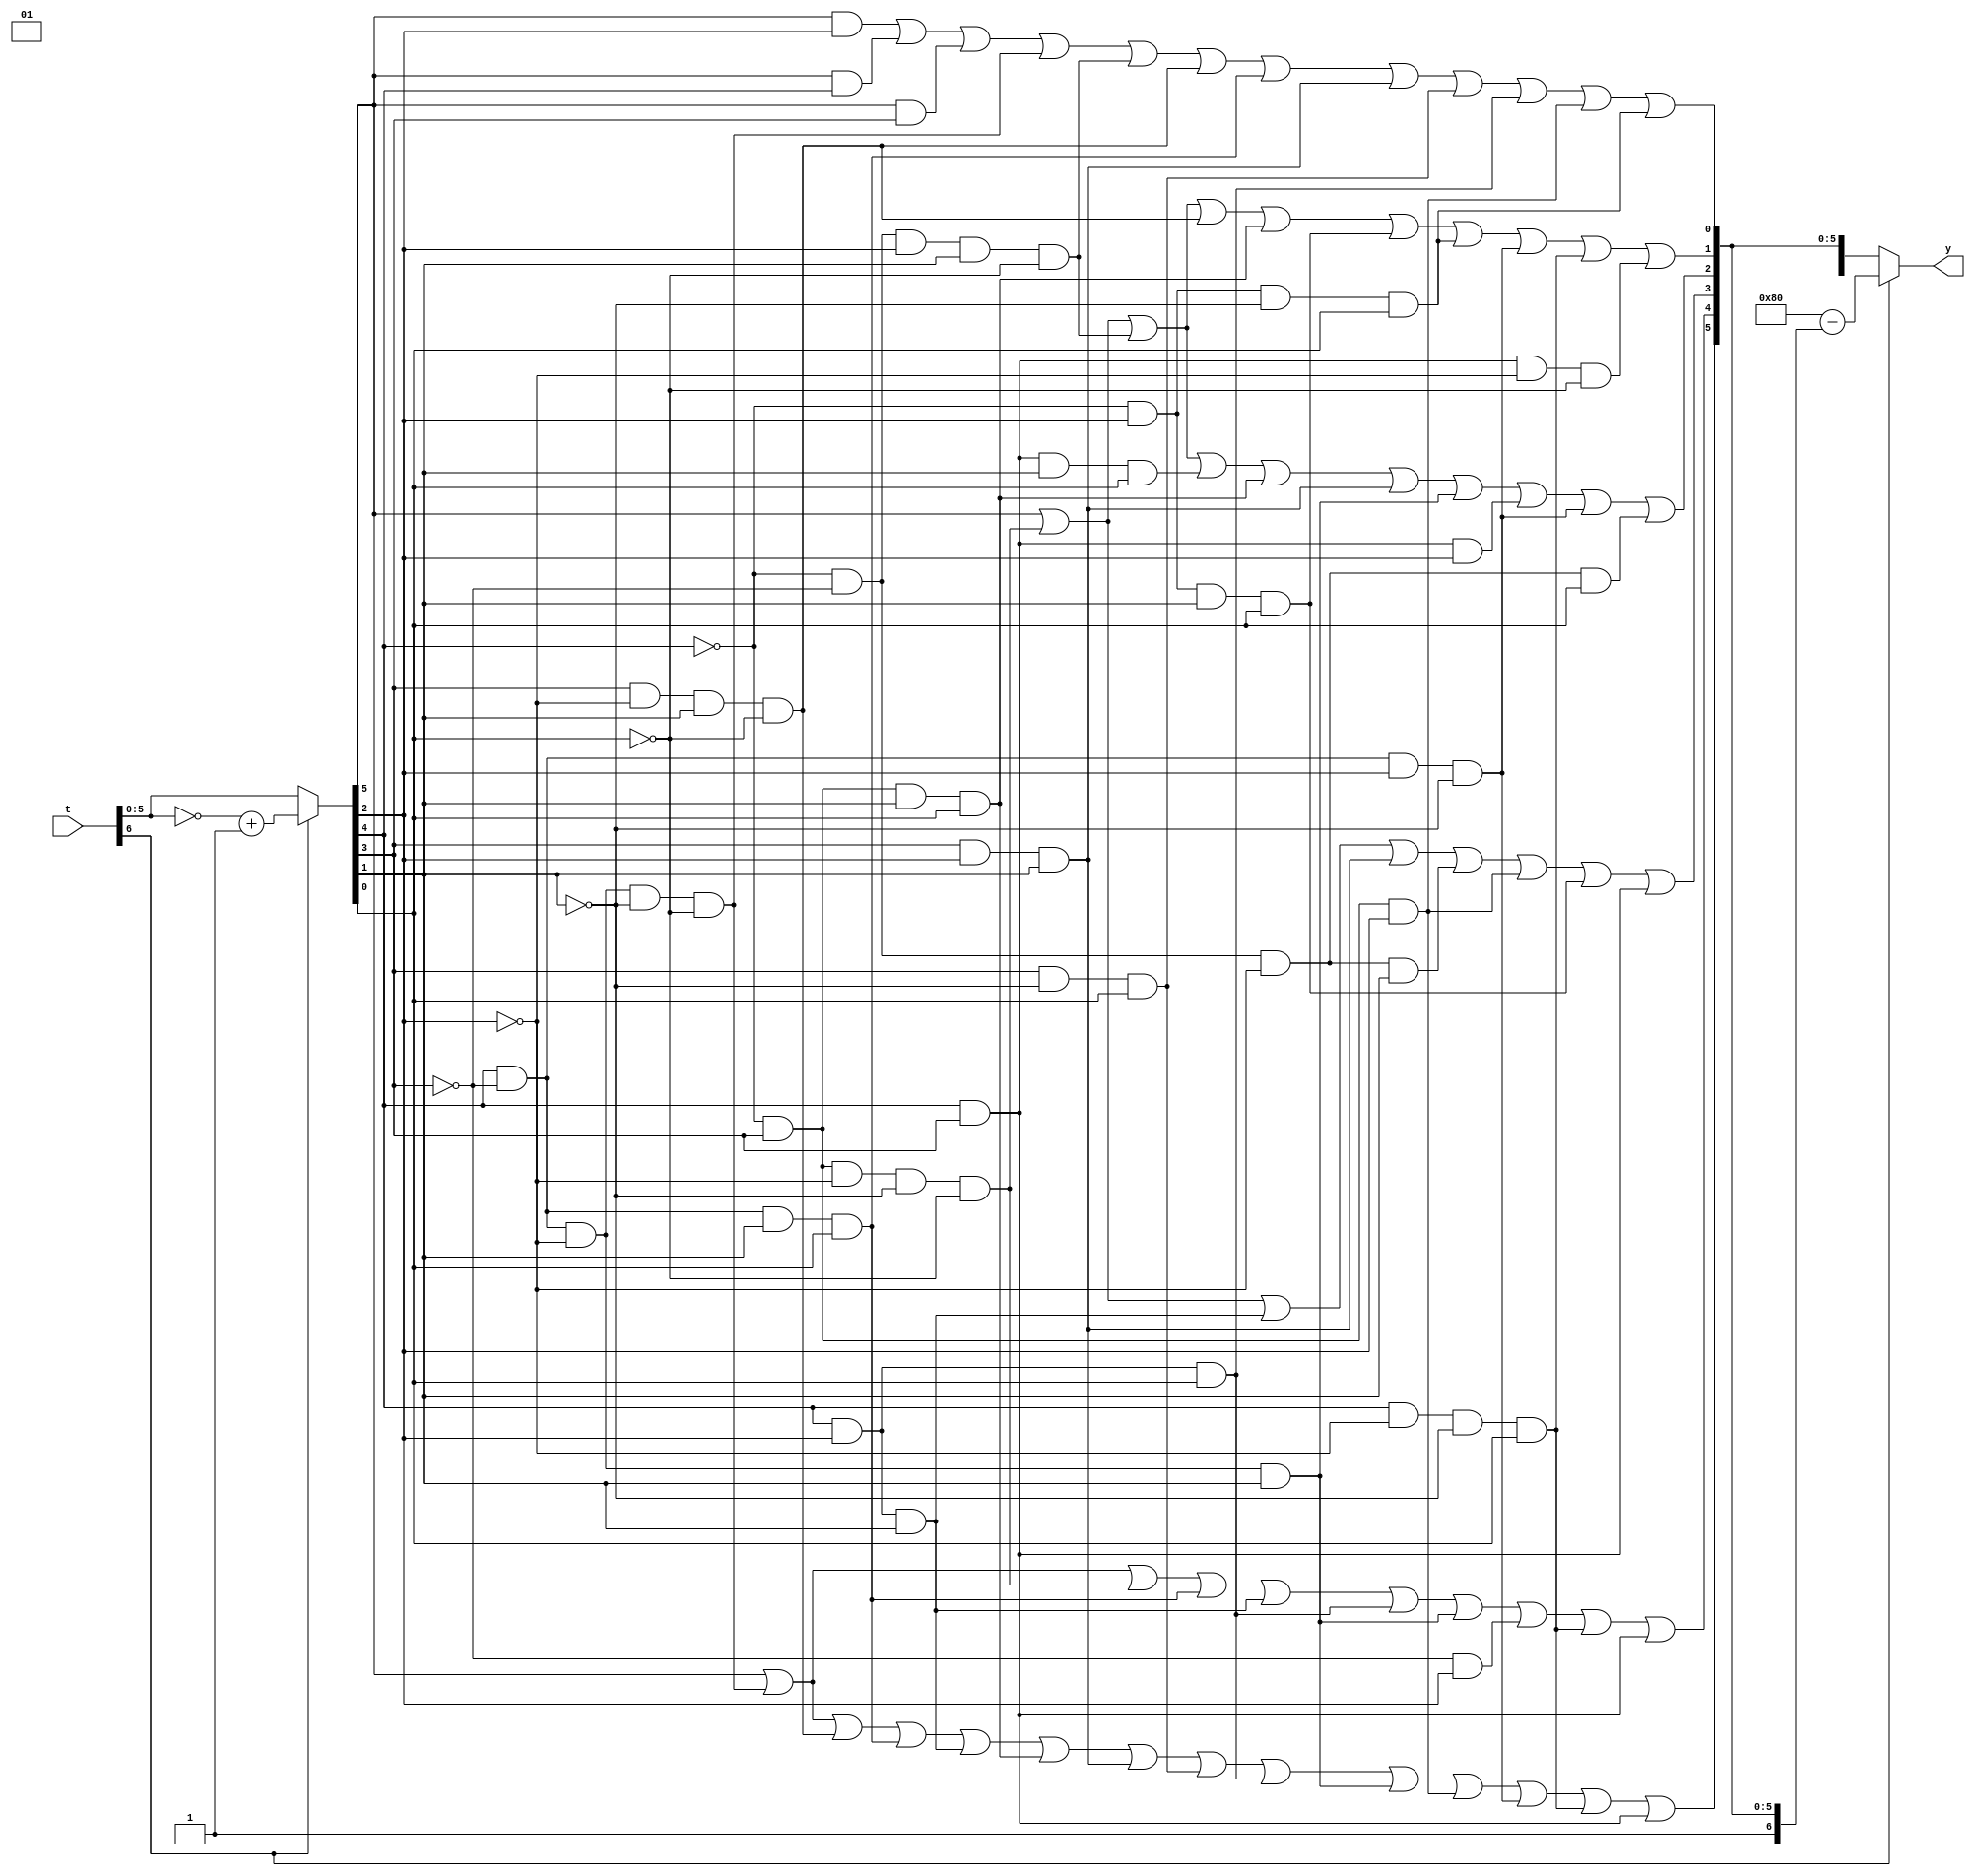
module sig_337p(

input [6:0] t,
output reg [7:0] y

);

reg [6:0] temp;
reg [7:0] s;
reg [26:0] p;


always@(*) begin

	if(t[6] == 1)
		temp = ~t + 1'b1;
	else
		temp = t;
	
	p[0]  =  temp[5] &  temp[2];
	p[1]  =  temp[5] &  temp[4];
	p[2]  =  temp[5];
	p[3]  =  temp[5] &  temp[3];
	p[4]  =  temp[4] & ~temp[3] & ~temp[2] & ~temp[1] & ~temp[0];
	p[5]  = ~temp[4] &  temp[3] & ~temp[2] & ~temp[1] & ~temp[0];
	p[6]  = ~temp[4] & ~temp[3] &  temp[2] &  temp[1] & ~temp[0];
	p[7]  =  temp[3] & ~temp[2] &  temp[1] & ~temp[0];
	p[8]  =  temp[4] &  temp[3] &  temp[1] &  temp[0];
	p[9]  =  temp[4] & ~temp[3] &  temp[1] &  temp[0];
	p[10] =  temp[4] &  temp[2] &  temp[1];
	p[11] = ~temp[4] &  temp[3] &  temp[1] &  temp[0];
	p[12] =  temp[3] &  temp[2] &  temp[1];
	p[13] =  temp[3] & ~temp[1] &  temp[0];
	p[14] =  temp[4] &  temp[2] &  temp[0];
	p[15] =  temp[4] & ~temp[3] & ~temp[2] & temp[1];
	p[16] = ~temp[4] & ~temp[3] & ~temp[2] & temp[1];
	p[17] = ~temp[4] &  temp[3] &  temp[2];
	p[18] =  temp[4] &  temp[3] &  temp[2];
	p[19] = ~temp[3] &  temp[2];
	p[20] = ~temp[4] &  temp[2] &  temp[1] &  temp[0];
	p[21] = ~temp[4] &  temp[2] & ~temp[1] &  temp[0];
	p[22] =  temp[4] & ~temp[3] &  temp[2] & ~temp[1];
	p[23] =  temp[4] & ~temp[2] & ~temp[1] &  temp[0];
	p[24] = ~temp[4] & ~temp[3] & ~temp[2] &  temp[0];
	p[25] =  temp[4] &  temp[3];
	p[26] =  temp[4] &  temp[3] & ~temp[2] & ~temp[0];
	
	s[7] = 1'b0;
	s[6] = 1'b1;
	s[5] = p[2] | p[4] | p[7] | p[9] | p[10] | p[11] | p[12] | p[13] |
			 p[14] | p[15] | p[17] | p[22] |  p[23] | p[25];
	s[4] = p[2] | p[4] | p[5] | p[9] | p[10] | p[14] | p[15] | p[19] |
			 p[23] | p[25];
	s[3] = p[2] | p[5] | p[10] | p[12] | p[16] | p[17] | p[20] | p[25];
	s[2] = p[2] | p[5] | p[6] | p[8] | p[11] | p[12] | p[15] | p[18] |
			 p[22] | p[24];
	s[1] = p[2] | p[5] | p[6] | p[7] | p[11] | p[20] | p[21] | p[22] |
			 p[23] | p[26];
	s[0] = p[0] | p[1] | p[3] | p[4] | p[6] | p[7] | p[9] | p[12] |
			 p[13] | p[14] | p[17] | p[21];
			 
	if(t[6] == 1)
		y = 8'b10000000 - s;
	else
		y = s;
	
	
end

endmodule